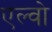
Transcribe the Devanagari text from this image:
एल्वो